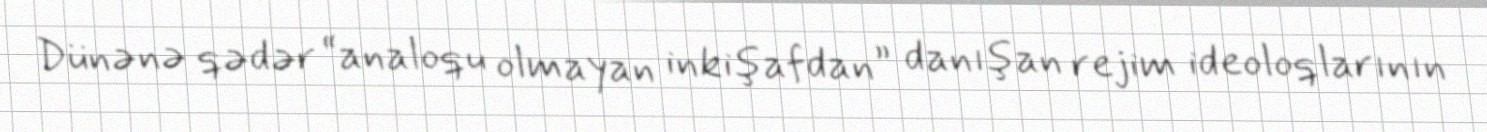
Dünənə qədər “analoqu olmayan inkişafdan” danışan rejim ideoloqlarının